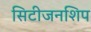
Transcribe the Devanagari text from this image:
सिटीजनशिप